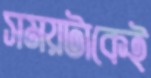
সময়টাকেই